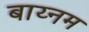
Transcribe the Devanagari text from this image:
बाय्नम